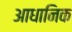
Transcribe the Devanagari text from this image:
आधानिक